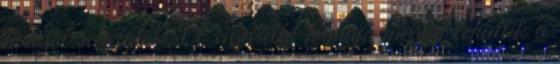
hangot se szólok. A cigaretta hamuja megint lehullik a